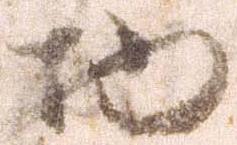
物